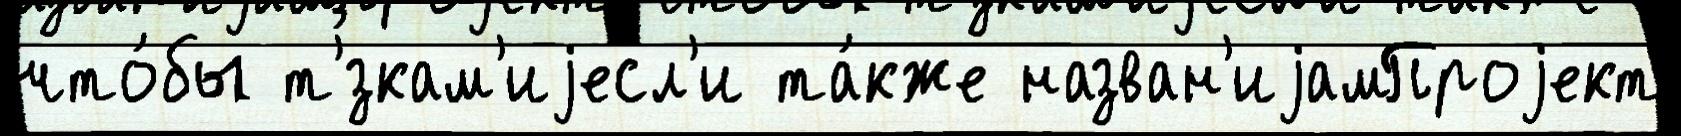
что́бы т'́зкам'иjесл'и та́кже назван'иjамПроjект